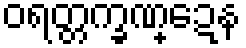
ဝရတ္တက္ခဏ္ဍေန